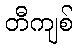
တီကျစ်